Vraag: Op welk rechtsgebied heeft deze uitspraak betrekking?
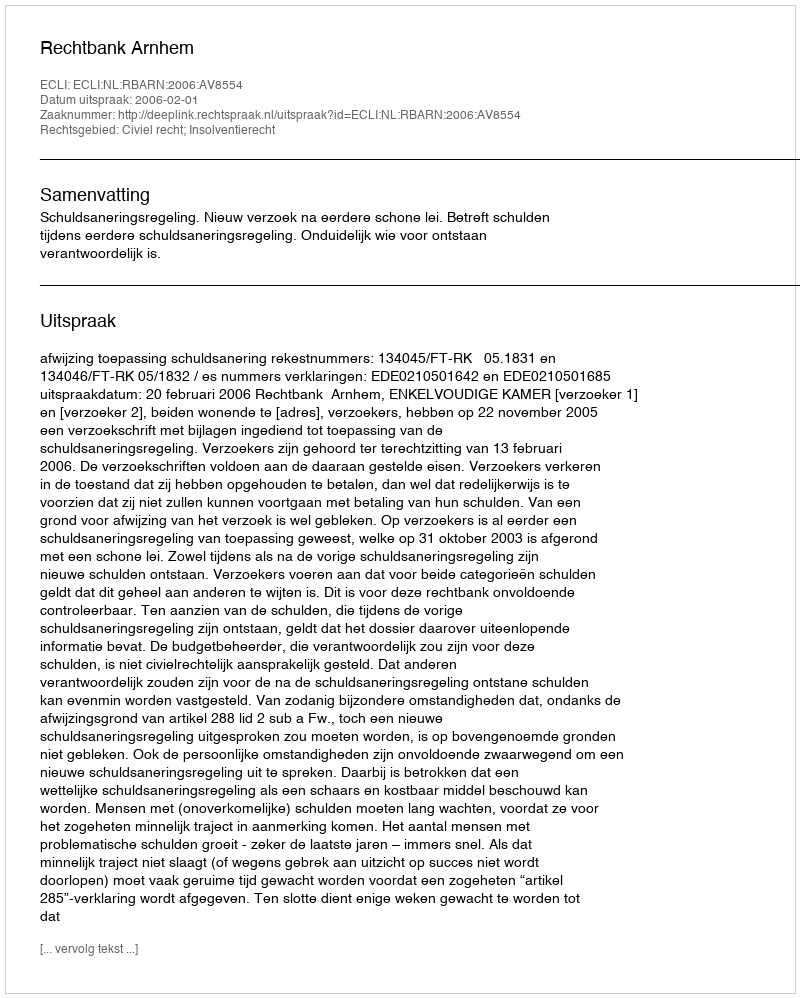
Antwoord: Civiel recht; Insolventierecht